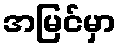
အမြင်မှာ